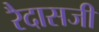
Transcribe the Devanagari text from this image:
रैदासजी